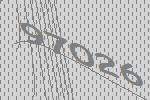
97026